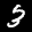
Label: 3